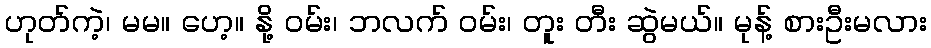
ဟုတ်ကဲ့၊ မမ။ ဟေ့။ နို့ ဝမ်း၊ ဘလက် ဝမ်း၊ တူး တီး ဆွဲမယ်။ မုန့် စားဦးမလား